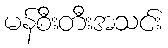
မန်စီးတီးအသင်း